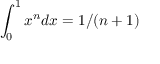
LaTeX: \int _ { 0 } ^ { 1 } x ^ { n } d x = 1 / ( n + 1 )